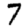
Digit: 7